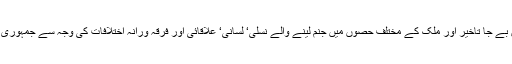
مسلم لیگ کی تقسیم‘ قائداعظمؒ کے ساتھیوں کی باہمی سرپھٹول‘ آئین کی تدوین میں بے جا تاخیر اور ملک کے مختلف حصوں میں جنم لینے والے نسلی‘ لسانی‘ علاقائی اور فرقہ ورانہ اختلافات کی وجہ سے جمہوری نظام کمزور ہوا اور سول و خاکی بیوروکریسی نے پرپرزے نکالنے شروع کئے۔